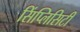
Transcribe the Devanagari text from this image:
सिंप्लिसिटी